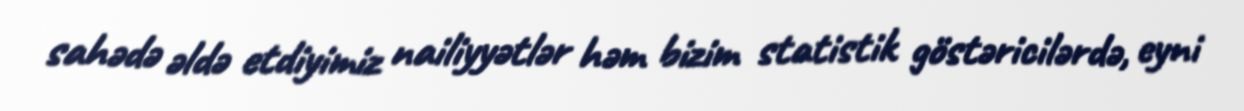
sahədə əldə etdiyimiz nailiyyətlər həm bizim statistik göstəricilərdə, eyni